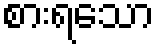
စားရသော